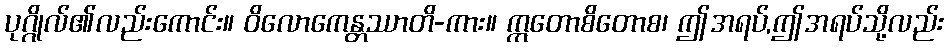
ပုဂ္ဂိုလ်၏လည်းကောင်း။ ဝိလောကေန္တဿာတိ-ကား။ ဣတောစိတောစ၊ ဤအရပ်,ဤအရပ်သို့လည်း